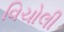
વિચોલી